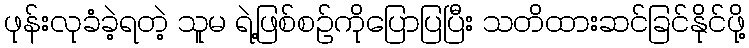
ဖုန်းလုခံခဲ့ရတဲ့ သူမ ရဲ့ဖြစ်စဉ်ကိုပြောပြပြီး သတိထားဆင်ခြင်နိုင်ဖို့